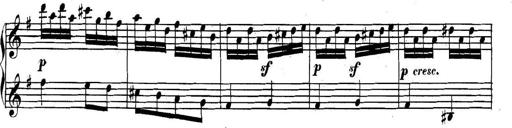
Title: Collected Piano Sonatas
Composer: Muzio Clementi